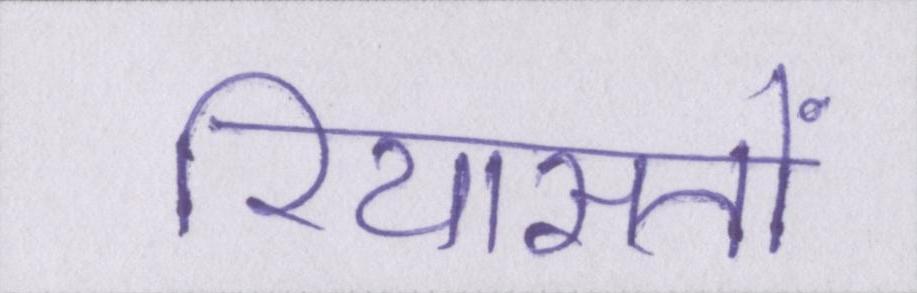
रियासतों